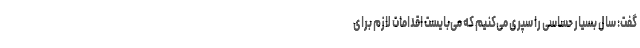
گفت: سال بسیار حساسی را سپری می‌کنیم که می‌بایست اقدامات لازم برای